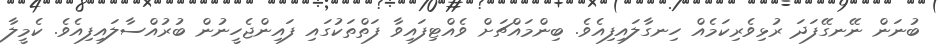
ބުނަން ނޭނގޭފަދަ ރުޅިވެރިކަމެއް ހިނގާލައިފިއެވެ. ބިންމައްޗަށް ވެއްޓިފައިވާ ފަތްތަކުގައި ފައިންޖެހީނުން ބުރުއްސާލައިފިއެވެ. ކެމީލާ